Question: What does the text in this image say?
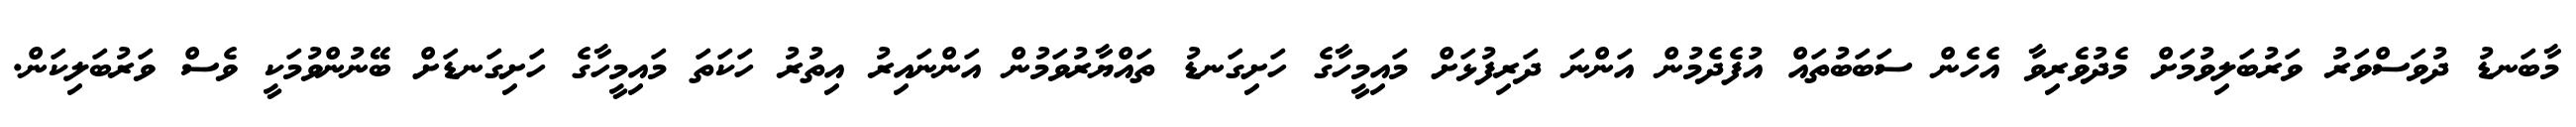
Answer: މާބަނޑު ދުވަސްވަރު ވަރުބަލިވުމަށް މެދުވެރިވާ އެހެން ސަބަބުތައް އުފެދެމުން އަންނަ ދަރިފުޅަށް މައިމީހާގެ ހަށިގަނޑު ތައްޔާރުވަމުން އަންނައިރު އިތުރު ހަކަތަ މައިމީހާގެ ހަށިގަނޑަށް ބޭނުންވުމަކީ ވެސް ވަރުބަލިކަން.